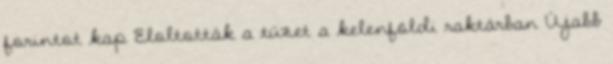
forintot kap Eloltották a tüzet a kelenföldi raktárban Újabb